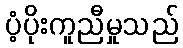
ပံ့ပိုးကူညီမှုသည်